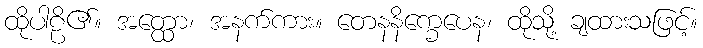
ထိုပါဠိ၏။ အတ္ထော၊ အနက်ကား။ တေနနိက္ခေပေန၊ ထိုသို့ ချထားသဖြင့်။